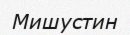
Мишустин